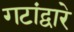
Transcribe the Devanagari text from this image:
गटांद्वारे